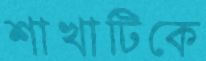
শাখাটিকে